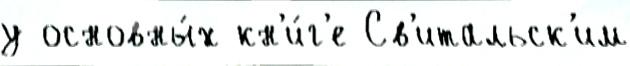
у основны́х кн'и́г'е Св'итальск'им